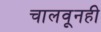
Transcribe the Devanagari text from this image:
चालवूनही